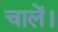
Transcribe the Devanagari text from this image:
चालें।